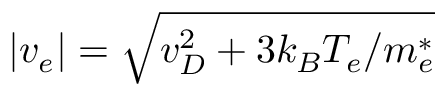
| v _ { e } | = \sqrt { v _ { D } ^ { 2 } + 3 { k _ { B } } { T _ { e } } / { m _ { e } ^ { * } } }